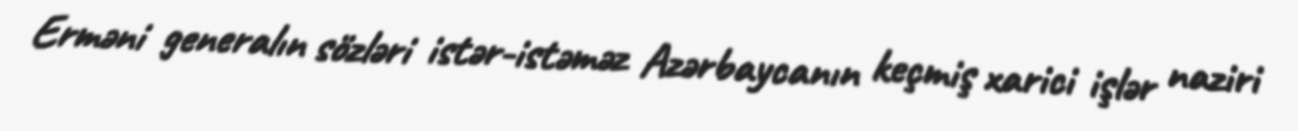
Erməni generalın sözləri istər-istəməz Azərbaycanın keçmiş xarici işlər naziri